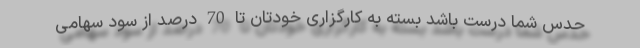
حدس شما درست باشد بسته به کارگزاری خودتان تا 70 درصد از سود سهامی